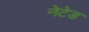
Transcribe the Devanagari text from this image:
नेटेड